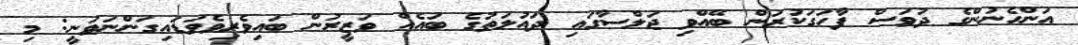
އަންހެނުންގެ ދުވަސް ފާހަގަކުރަން ބޭއްވި ޖަލްސާގައި ދައުލަތުގެ ބައެއް ވަޒީރުން ބައިވެރިވެވަޑައިގަންނަވަނީ: މި